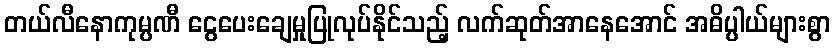
တယ်လီနောကုမ္ပဏီ ငွေပေးချေမှုပြုလုပ်နိုင်သည့် လက်ဆုတ်အာနေအောင် အဓိပ္ပါယ်များစွာ